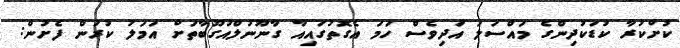
ކުށްކުރާ ކުޑަކުދިންގެ މައްސަލަ އަދިވެސް ހަމަ އެގޮތުގައިއާ ގާނޫނުލްއުގޫބާތަށް އަމަލު ކުރަން ފެށުން: